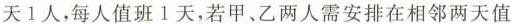
天1人，每人值班1天，若甲、乙两人需安排在相邻两天值